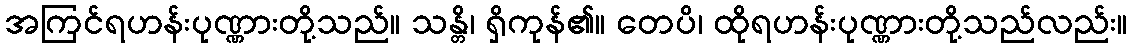
အကြင်ရဟန်းပုဏ္ဏားတို့သည်။ သန္တိ၊ ရှိကုန်၏။ တေပိ၊ ထိုရဟန်းပုဏ္ဏားတို့သည်လည်း။